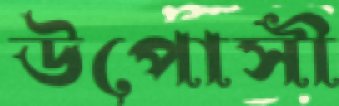
উপোসী